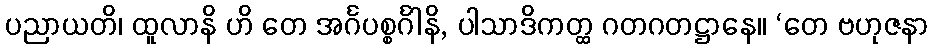
ပညာယတိ၊ ထူလာနိ ဟိ တေ အင်္ဂပစ္စင်္ဂါနိ, ပါသာဒိကတ္ထ ဂတဂတဋ္ဌာနေ။ ‘တေ ဗဟုဇနာ